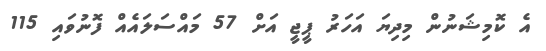
އެ ކޮމިޝަނުން މިދިޔަ އަހަރު ޕީޖީ އަށް 57 މައްސަލައެއް ފޮނުވައި 115